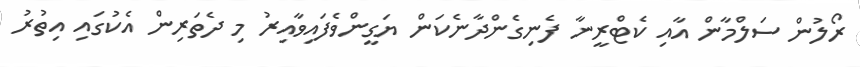
ރޯލުން ސަލްމާން އާއި ކެޓްރީނާ ފެނިގެންދާނެކަން ޔަގީންވެފައިވާއިރު މި ދެތަރިން އެކުގައި އިތުރު